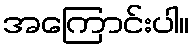
အကြောင်းပါ။